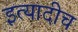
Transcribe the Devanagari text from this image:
इत्यादीच